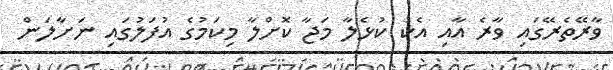
ވާރޭތެރޭގައި ވާރެ އާއި އެކު ކުޅެލާ މަޖާ ކޮށްލާ މިކަމުގެ އުފަލުގައި ނަށާލަން